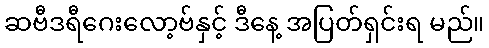
ဆဗီဒရီဂေးလော့ဗ်နှင့် ဒီနေ့ အပြတ်ရှင်းရ မည်။